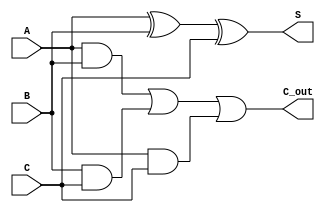
module ModifiedCarrySaveAdder #(
    parameter N = 8 // Width of input vectors
) (
    input  [N-1:0] A, // First input number
    input  [N-1:0] B, // Second input number
    input  [N-1:0] C, // Third input number
    output [N-1:0] S, // Sum output
    output [N-1:0] C_out // Carry output
);

    // Intermediate wires for sum and carry
    wire [N-1:0] sum_ab; // Sum of A and B
    wire [N-1:0] carry_ab; // Carry from A and B
    wire [N-1:0] sum_ac; // Sum of A and C
    wire [N-1:0] carry_ac; // Carry from A and C
    wire [N-1:0] sum_bc; // Sum of B and C
    wire [N-1:0] carry_bc; // Carry from B and C

    // Compute partial sums and carries
    assign S = A ^ B ^ C; // S[i] = A[i]  B[i]  C[i]
    
    assign C_out = (A & B) | (B & C) | (A & C); // C[i] = (A[i]  B[i])  (B[i]  C[i])  (A[i]  C[i])

endmodule